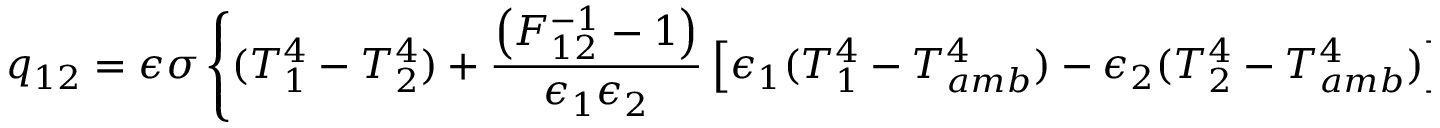
q _ { 1 2 } = \epsilon \sigma \left\{ ( T _ { 1 } ^ { 4 } - T _ { 2 } ^ { 4 } ) + \frac { \left( F _ { 1 2 } ^ { - 1 } - 1 \right) } { \epsilon _ { 1 } \epsilon _ { 2 } } \left[ \epsilon _ { 1 } ( T _ { 1 } ^ { 4 } - T _ { a m b } ^ { 4 } ) - \epsilon _ { 2 } ( T _ { 2 } ^ { 4 } - T _ { a m b } ^ { 4 } ) \right] \right\} { , }